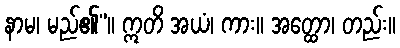
နာမ၊ မည်၏”။ ဣတိ အယံ၊ ကား။ အတ္ထော၊ တည်း။